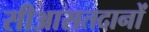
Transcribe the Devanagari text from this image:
सीआसतदानों